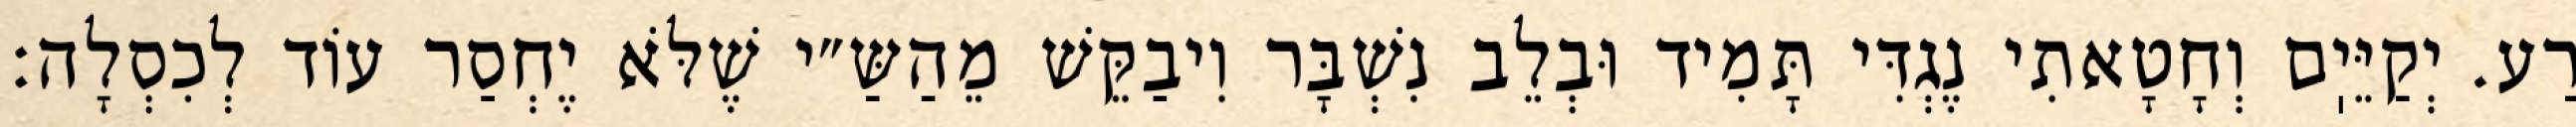
רַע. יְקַיֵּיֽם וְחָטָאתִי נֶגְדִּי תָּמִיד וּבְלֵב נִשְׁבָּר וִיבַקֵּשׁ מֵהַשַּ״י שֶׁלֹּא יֶחְסַר עוֹד לְכִסְלָה: